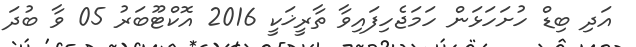
އަދި ބިޑް ހުށަހަޅަން ހަމަޖެހިފައިވާ ތާރީޚަކީ 2016 އޮކްޓޫބަރު 05 ވާ ބުދަ